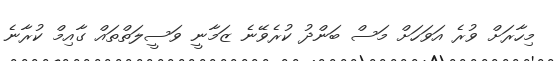
މިހާރަށް ވުރެ އަވަހަށް މަސް ބަންދު ކުރެވޭނެ ޒަމާނީ ވަސީލަތްތައް ގާއިމް ކުރާނެ